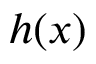
h ( x )